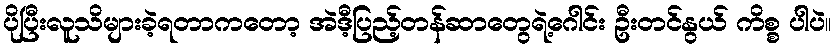
ပိုပြီးလူသိများခဲ့ရတာကတော့ အဲဒီ့ပြည့်တန်ဆာတွေရဲ့ဂေါင်း ဦးတင်နွယ် ကိစ္စ ပါပဲ။